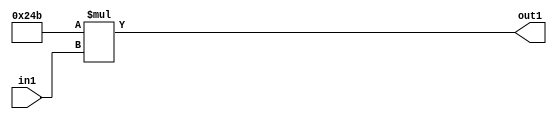
`timescale 1ps / 1ps
/*****************************************************************************
    Verilog RTL Description
    
    
    Created by: Stratus DpOpt 2019.1.01 
*******************************************************************************/

module SobelFilter_Mul2iLLu8_1 (
	in1,
	out1
	); /* architecture "behavioural" */ 
input [7:0] in1;
output [17:0] out1;
wire [17:0] asc001;

assign asc001 = 
	+(18'B000000001001001011 * in1);

assign out1 = asc001;
endmodule

/* CADENCE  urn2SQk= : u9/ySgnWtBlWxVPRXgAZ4Og= ** DO NOT EDIT THIS LINE ******/